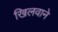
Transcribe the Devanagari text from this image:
खिलवाने